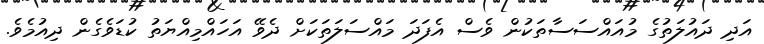
އަދި ދައުލަތުގެ މުއައްސަސާތަކުން ވެސް އެފަދަ މައްސަލަތަކަށް ދެވޭ އަހައްމިއްޔަތު ކުޑަވެގެން ދިއުމެވެ.